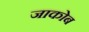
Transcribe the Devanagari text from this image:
जाकोब